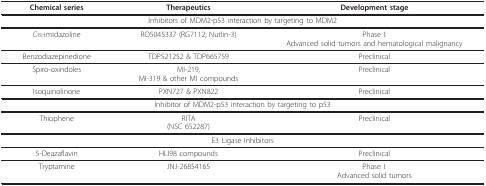
<table><thead><tr><td><b>Chemical series</b></td><td><b>Therapeutics</b></td><td><b>Development stage</b></td></tr></thead><tbody><tr><td colspan="3">Inhibitors of MDM2-p53 interaction by targeting to MDM2</td></tr><tr><td>Cis-imidazoline</td><td>RO5045337 (RG7112; Nutlin-3)</td><td>Phase I:Advanced solid tumors and hematological malignancy</td></tr><tr><td>Benzodiazepinedione</td><td>TDP521252 &amp; TDP665759</td><td>Preclinical</td></tr><tr><td>Spiro-oxindoles</td><td>MI-219,MI-319 &amp; other MI compounds</td><td>Preclinical</td></tr><tr><td>Isoquinolinone</td><td>PXN727 &amp; PXN822</td><td>Preclinical</td></tr><tr><td colspan="3">Inhibitor of MDM2-p53 interaction by targeting to p53</td></tr><tr><td>Thiophene</td><td>RITA(NSC 652287)</td><td>Preclinical</td></tr><tr><td colspan="3">E3 Ligase Inhibitors</td></tr><tr><td>5-Deazaflavin</td><td>HLI98 compounds</td><td>Preclinical</td></tr><tr><td>Tryptamine</td><td>JNJ-26854165</td><td>Phase I:Advanced solid tumors</td></tr></tbody></table>